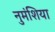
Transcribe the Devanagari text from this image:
नुमंशिया